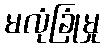
မလုံခြုံမှု